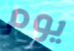
يوم